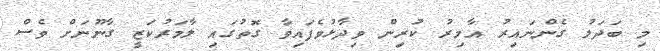
މި ބަދަލު ގެންނައިރު އާމިރު ކުރިން ވިދާޅުވެފައިވާ ގޮތުގައި ލާމަރުކަޒީ ގާނޫނަށް ވެސް